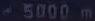
5000 m